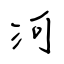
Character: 河